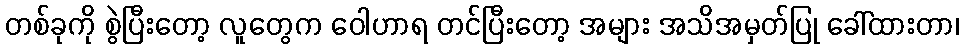
တစ်ခုကို စွဲပြီးတော့ လူတွေက ဝေါဟာရ တင်ပြီးတော့ အများ အသိအမှတ်ပြု ခေါ်ထားတာ၊